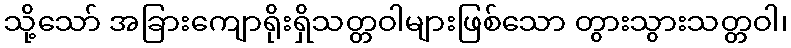
သို့သော် အခြားကျောရိုးရှိသတ္တဝါများဖြစ်သော တွားသွားသတ္တဝါ၊